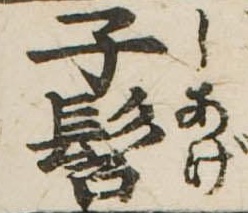
子髫